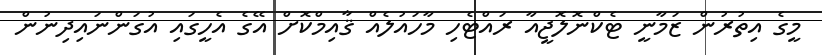
މީގެ އިތުރުން ޒަމާނީ ޓެކްނޮލޮޖީއާ ރައްޓެހި މާހައުލެއް ޤާއިމްކޮށް އޭގެ އެހީގައި އުގަންނައިދިނުން